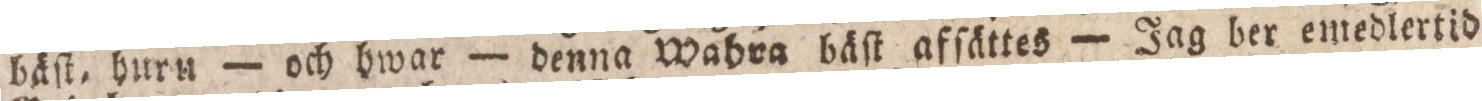
bäſt, hurn — och hwar — denna Wahra bäſt afſättes — Jag ber emedlertid